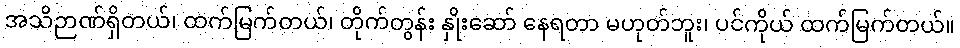
အသိဉာဏ်ရှိတယ်၊ ထက်မြက်တယ်၊ တိုက်တွန်း နှိုးဆော် နေရတာ မဟုတ်ဘူး၊ ပင်ကိုယ် ထက်မြက်တယ်။